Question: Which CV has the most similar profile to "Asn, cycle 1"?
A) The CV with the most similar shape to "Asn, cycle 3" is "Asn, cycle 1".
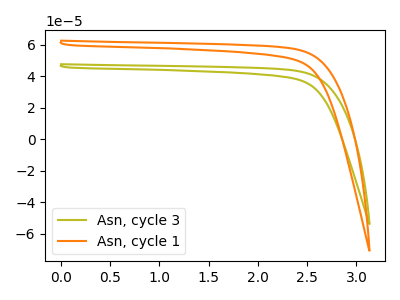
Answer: <think>The olive curve "Asn, cycle 3" has no peaks. The orange curve "Asn, cycle 1" has no peaks.
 Neither "Asn, cycle 3" or "Asn, cycle 1" have any peaks.</think>
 <answer>A) The CV with the most similar shape to "Asn, cycle 3" is "Asn, cycle 1".</answer>
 <eval>A</eval>